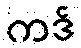
ကဒ်